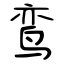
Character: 鸾